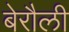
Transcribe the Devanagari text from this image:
बेरौली